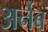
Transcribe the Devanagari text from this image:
अर्नेब